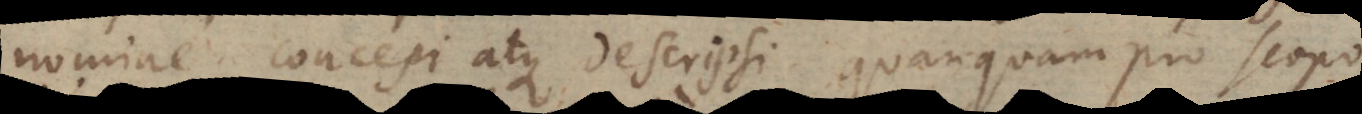
nomine concepi atque descripsi, quanquam pro scopo